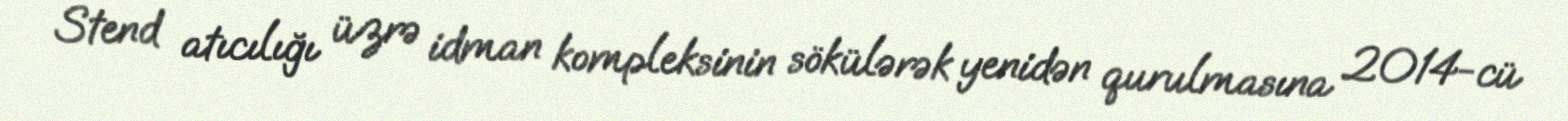
Stend atıcılığı üzrə idman kompleksinin sökülərək yenidən qurulmasına 2014-cü